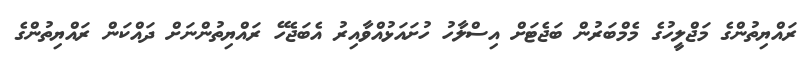
ރައްޔިތުންގެ މަޖްލީހުގެ މެމްބަރުން ބަޖެޓަށް އިސްލާހު ހުށައަޅުއްވާއިރު އެބަޖެހޭ ރައްޔިތުންނަށް ދައްކަން ރައްޔިތުންގެ